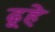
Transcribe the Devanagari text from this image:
ढूहे